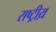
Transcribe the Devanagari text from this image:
राष्ट्रीय़